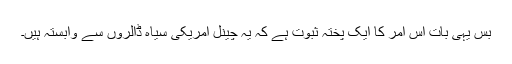
بس یہی بات اس امر کا ایک پختہ ثبوت ہے کہ یہ چینل امریکی سیاہ ڈالروں سے وابستہ ہیں۔